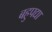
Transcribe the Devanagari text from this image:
बहुपद्या